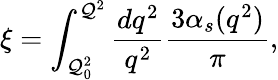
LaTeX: \xi=\int_{\mathcal{Q}_{0}^{2}}^{\mathcal{Q}^{2}}\frac{{dq^{2}}}{{q^{2}}}\frac{{3\alpha_{s}(q^{2})}}{{\pi}},